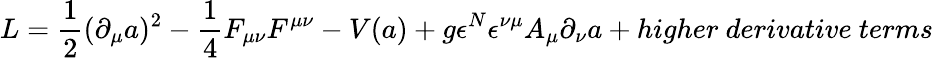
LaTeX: L={\frac{1}{2}}(\partial_{\mu}a)^{2}-{\frac{1}{4}}F_{\mu\nu}F^{\mu\nu}-V(a)+g{\epsilon^{N}}\epsilon^{\nu\mu}A_{\mu}\partial_{\nu}a+higher~derivative~terms